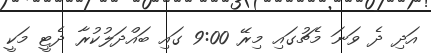
އަދި ދެ ވަނަ މެޗުގައި މިރޭ 9:00 ގައި ބައްދަލުކުރާ ދެޓީ މަކީ